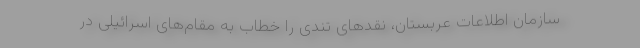
سازمان اطلاعات عربستان، نقدهای تندی را خطاب به مقام‌های اسرائیلی در